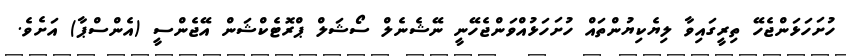
ހުށަހަޅަންޖެހޭ ތިރީގައިވާ ލިޔެކިޔުންތައް ހުށަހަޅުއްވަންޖެހޭނީ ނޭޝެނެލް ސޯޝަލް ޕްރޮޓެކްޝަން އޭޖެންސީ (އެންސްޕާ) އަށެވެ.